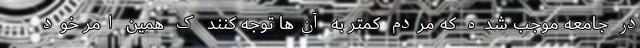
در جامعه موجب شده که مردم کمتر به آن‌ها توجه کنند ک همین امر خود